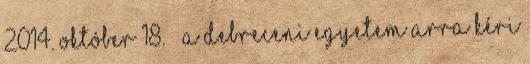
2014. október 18. ↑ A Debreceni Egyetem arra kéri